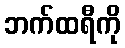
ဘက်ထရီကို